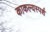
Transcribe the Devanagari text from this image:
काकल्यस्पर्श